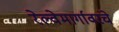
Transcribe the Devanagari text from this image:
रेल्वेमार्गावरचे